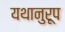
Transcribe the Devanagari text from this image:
यथानुरूप